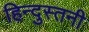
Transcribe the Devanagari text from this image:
हिन्दुस्तनी